Burma Government Medical School reports 1907-22
Year: 1907
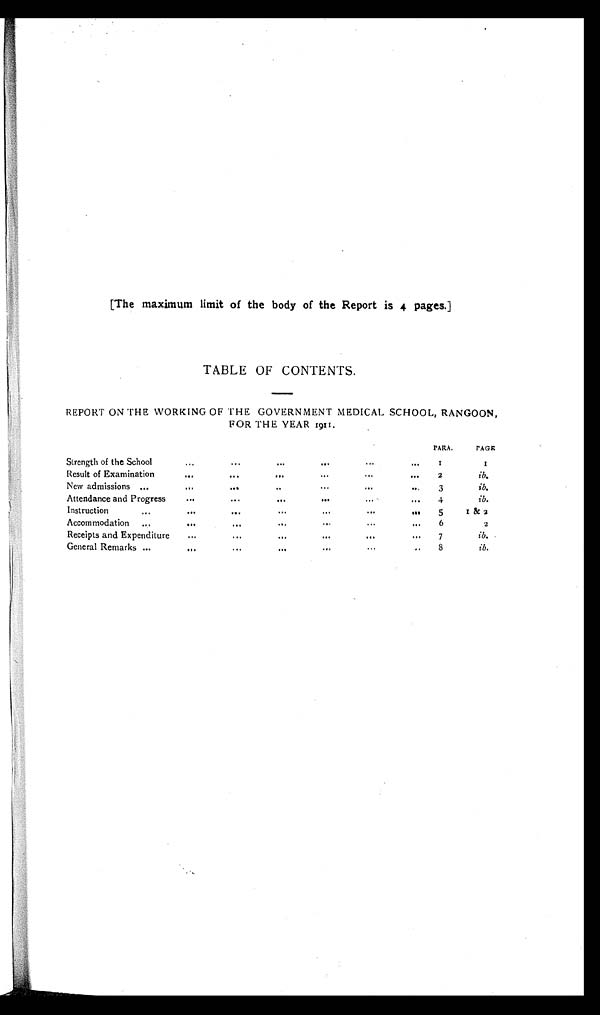
[The maximum limit of the body of the Report is 4 pages.]
TABLE OF CONTENTS.
REPORT ON THE WORKING OF THE GOVERNMENT MEDICAL SCHOOL, RANGOON,
FOR THE YEAR 1911.
PARA.
PAGE
Strength of the School
...
...
...
...
...
...
I
I
Result of Examination
...
...
...
...
...
...
2
ib.
New admissions ...
...
...
...
...
...
...
3
ib.
Attendance and Progress
...
...
...
...
...
...
4
ib.
Instruction
...
...
...
...
...
...
...
5
I &2
Accommodation ...
...
...
...
...
...
...
6
2
Receipts and Expenditure
...
...
... ...
...
...
7
ib.
General Remarks ...
...
... ...
...
...
...
8
ib.